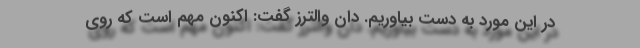
در این مورد به دست بیاوریم. دان والترز گفت: اکنون مهم است که روی